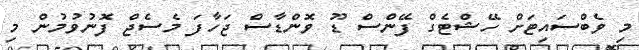
މި ވެބްސައިޓަށް ހޭޝްޓެގް ފޭންސް ޑޫ ވޮންޑާސް ޖަހާފަ މެސެޖް ފޮނުވުމުން މި